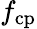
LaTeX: f_{\mathrm{cp}}